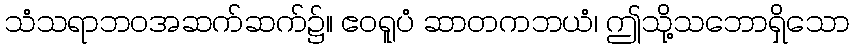
သံသရာဘဝအဆက်ဆက်၌။ ဧဝရူပံ ဆာတကဘယံ၊ ဤသို့သဘောရှိသော